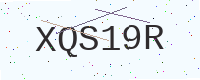
Text: XQS19R